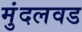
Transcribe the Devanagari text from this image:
मुंदलवड